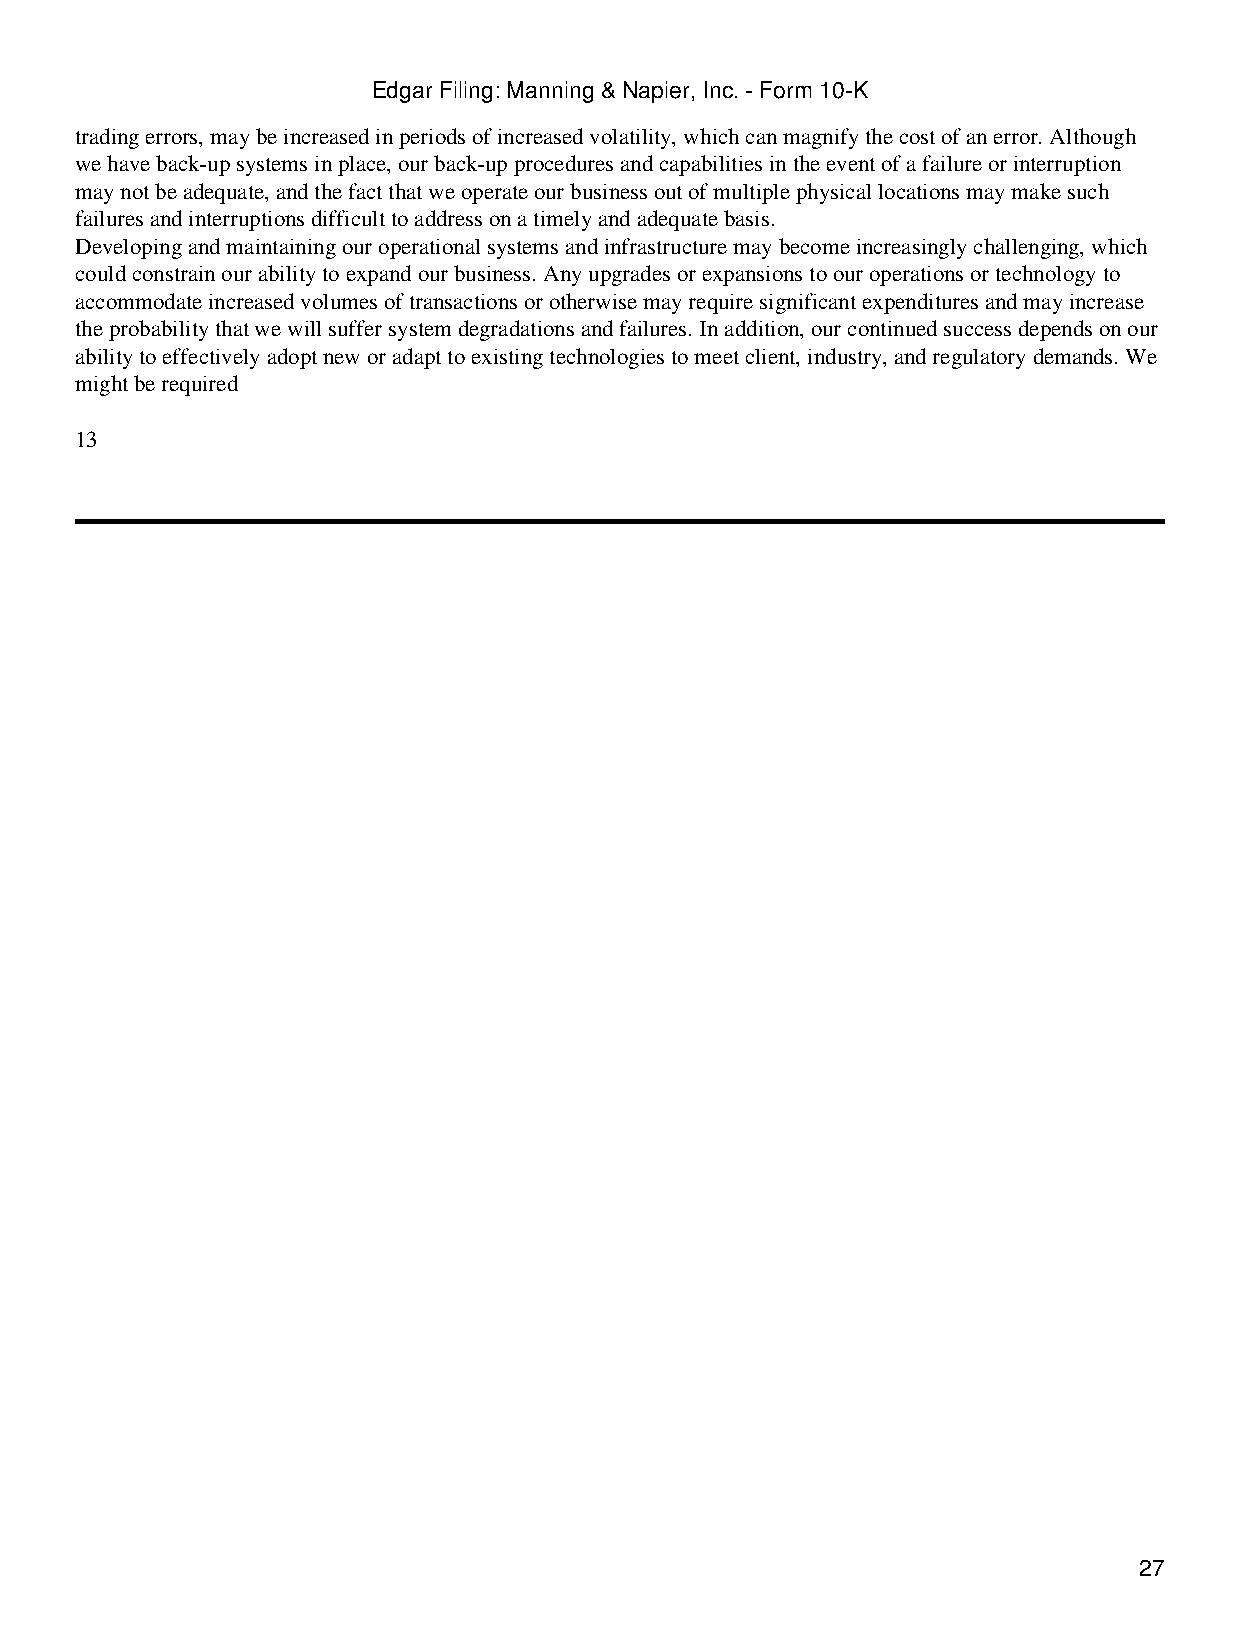
Edgar Filing: Manning & Napier, Inc. - Form 10-K
 trading errors, may be increased in periods of increased volatility, which can magnify the cost of an error. Although
 we have back-up systems in place, our back-up procedures and capabilities in the event of a failure or interruption
 may not be adequate, and the fact that we operate our business out of multiple physical locations may make such
 failures and interruptions difficult to address on a timely and adequate basis.
 Developing and maintaining our operational systems and infrastructure may become increasingly challenging, which
 could constrain our ability to expand our business. Any upgrades or expansions to our operations or technology to
 accommodate increased volumes of transactions or otherwise may require significant expenditures and may increase
 the probability that we will suffer system degradations and failures. In addition, our continued success depends on our
 ability to effectively adopt new or adapt to existing technologies to meet client, industry, and regulatory demands. We
 might be required
 13
 27